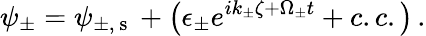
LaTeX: \psi_{\pm}=\psi_{\pm,\mathrm{~s~}}+\left(\epsilon_{\pm}e^{ik_{\pm}\zeta+\Omega_{\pm}t}+c.c.\right)\, .